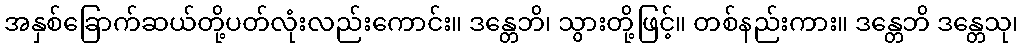
အနှစ်ခြောက်ဆယ်တို့ပတ်လုံးလည်းကောင်း။ ဒန္တေဘိ၊ သွားတို့ဖြင့်။ တစ်နည်းကား။ ဒန္တေဘိ ဒန္တေသု၊